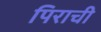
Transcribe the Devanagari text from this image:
पिराची